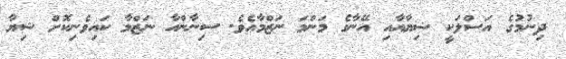
ދިނުމުގެ އަސްލަކީ ޝިޔާއާއި އޭނާގެ މަންމަ ނަޒްމާއެވެ. ސިނާންއާ ނަޒްމާ ކައިވެނިކޮށް ޝިޔާ